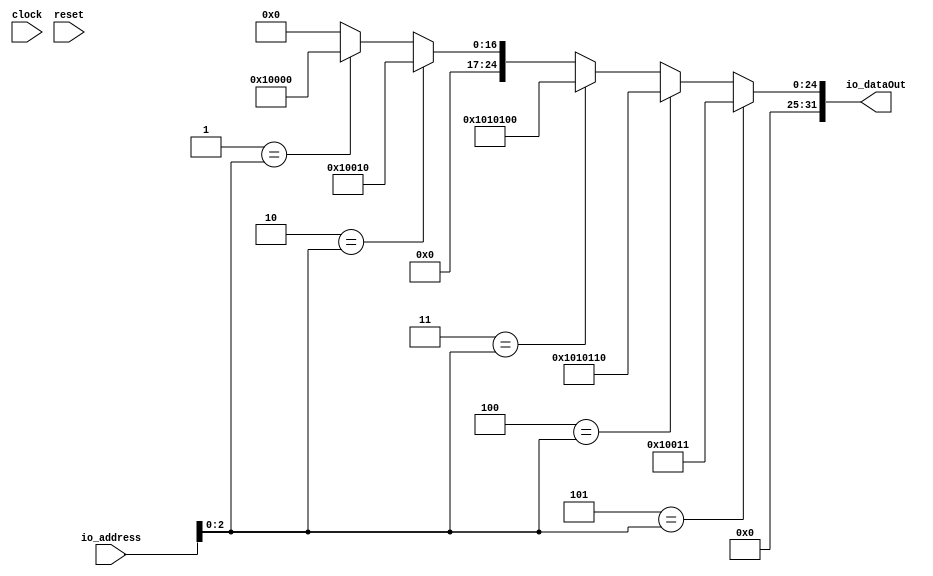
// This program was cloned from: https://github.com/wilfredkisku/CHISEL3-PROJECTS
// License: The Unlicense

module RomModule(
  input         clock,
  input         reset,
  input  [7:0]  io_address, // @[IdeaProjects/MermoriesExample/src/main/scala/RomModule.scala 4:14]
  output [31:0] io_dataOut // @[IdeaProjects/MermoriesExample/src/main/scala/RomModule.scala 4:14]
);
  wire [24:0] _GEN_1 = 3'h1 == io_address[2:0] ? 25'h10000 : 25'h0; // @[IdeaProjects/MermoriesExample/src/main/scala/RomModule.scala 27:{14,14}]
  wire [24:0] _GEN_2 = 3'h2 == io_address[2:0] ? 25'h10010 : _GEN_1; // @[IdeaProjects/MermoriesExample/src/main/scala/RomModule.scala 27:{14,14}]
  wire [24:0] _GEN_3 = 3'h3 == io_address[2:0] ? 25'h1010100 : _GEN_2; // @[IdeaProjects/MermoriesExample/src/main/scala/RomModule.scala 27:{14,14}]
  wire [24:0] _GEN_4 = 3'h4 == io_address[2:0] ? 25'h1010110 : _GEN_3; // @[IdeaProjects/MermoriesExample/src/main/scala/RomModule.scala 27:{14,14}]
  wire [24:0] _GEN_5 = 3'h5 == io_address[2:0] ? 25'h10011 : _GEN_4; // @[IdeaProjects/MermoriesExample/src/main/scala/RomModule.scala 27:{14,14}]
  assign io_dataOut = {{7'd0}, _GEN_5}; // @[IdeaProjects/MermoriesExample/src/main/scala/RomModule.scala 27:14]
endmodule